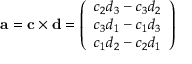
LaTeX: \mathbf { a } = \mathbf { c } \times \mathbf { d } = { \left( \begin{array} { l } { c _ { 2 } d _ { 3 } - c _ { 3 } d _ { 2 } } \\ { c _ { 3 } d _ { 1 } - c _ { 1 } d _ { 3 } } \\ { c _ { 1 } d _ { 2 } - c _ { 2 } d _ { 1 } } \end{array} \right) }